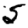
Digit: 5